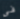
فى